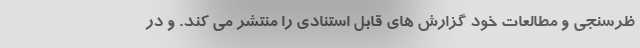
ظرسنجی و مطالعات خود گزارش های قابل استنادی را منتشر می کند. و در